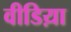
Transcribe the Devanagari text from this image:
वीडिय़ा